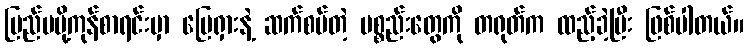
ပြည်ပပို့ကုန်စာရင်းမှာ မြေရှားနဲ့ ဆက်စပ်တဲ့ ပစ္စည်းတွေကို တရုတ်က ထည့်ခဲ့ပြီး ဖြစ်ပါတယ်။